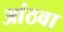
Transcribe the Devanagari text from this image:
आंठवा